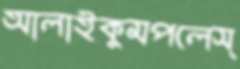
আলাইকুমপলেস্